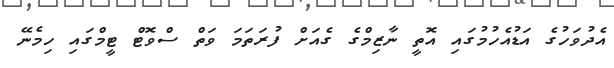
އެދުވަހުގެ އަޑުއެހުމުގައި އޮތީ ނާޒިމްގެ ގެއަށް ފުރަތަމަ ވަތް ސްވޮޓް ޓީމްގައި ހިމެނޭ